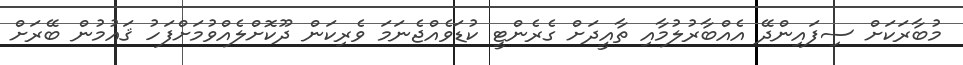
މުބާރަކަށް ސިފައިންދޭ އެއްބާރުލުމާއި ތާއީދަށް ގެރެންޓީ ކުޑަވެއްޖެނަމަ ވެރިކަން ދޫކޮށްލެއްވުމަށްފަހު ޤައުމުން ބޭރަށް